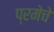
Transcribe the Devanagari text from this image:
प्रमेचे